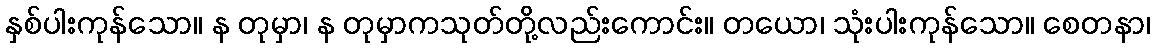
နှစ်ပါးကုန်သော။ န တုမှာ၊ န တုမှာကသုတ်တို့လည်းကောင်း။ တယော၊ သုံးပါးကုန်သော။ စေတနာ၊